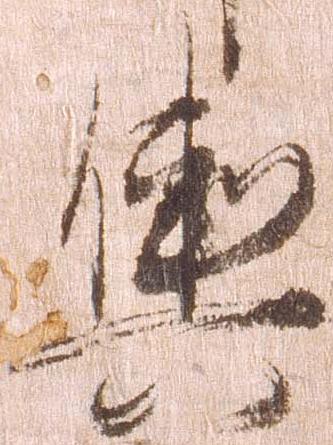
輿